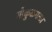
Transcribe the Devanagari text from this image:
गोकुळमळा